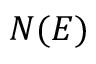
N ( E )